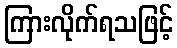
ကြားလိုက်ရသဖြင့်